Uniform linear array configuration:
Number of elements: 48
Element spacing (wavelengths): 1
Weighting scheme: hamming
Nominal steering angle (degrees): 45
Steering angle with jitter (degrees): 43.073
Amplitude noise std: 0.05
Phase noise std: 0.05

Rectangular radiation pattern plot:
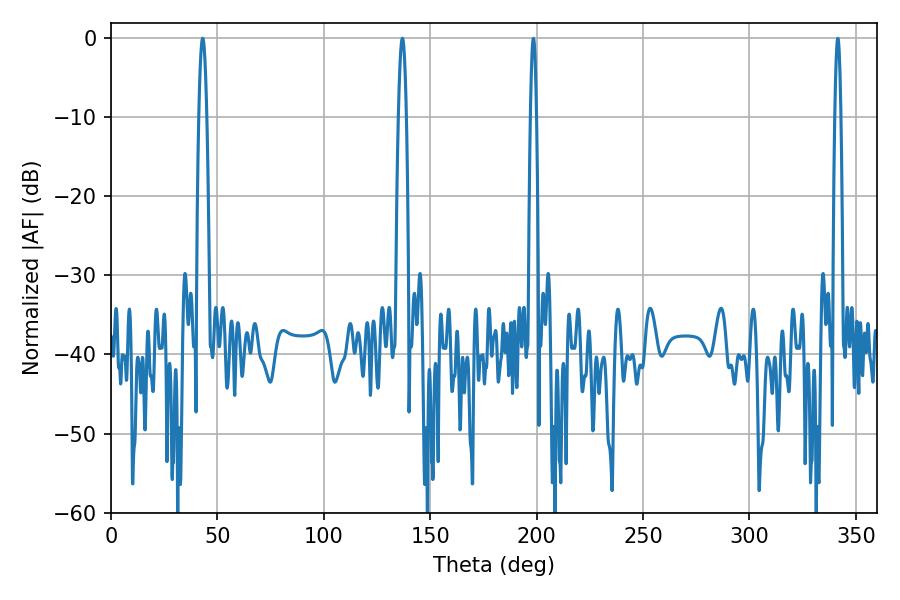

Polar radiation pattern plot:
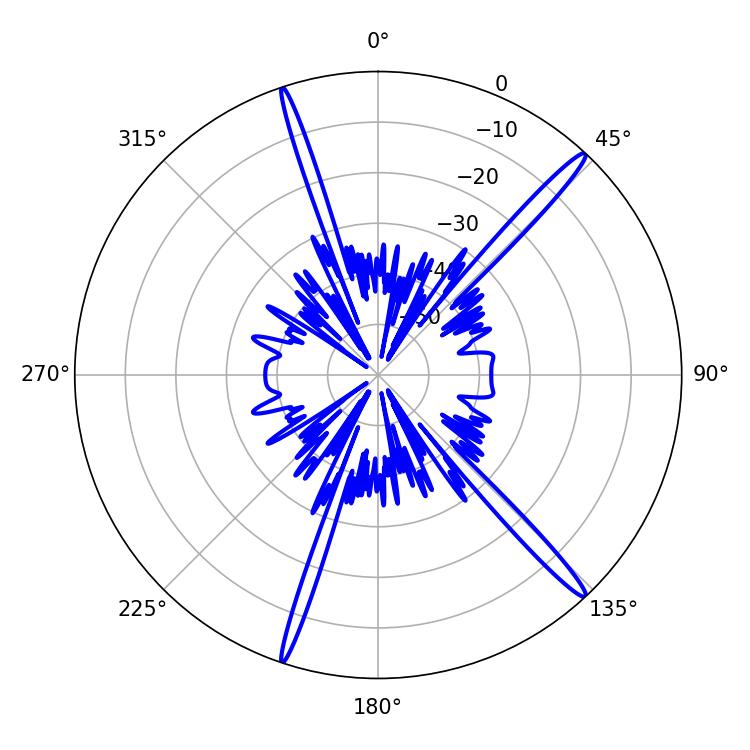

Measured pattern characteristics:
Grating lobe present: TRUE
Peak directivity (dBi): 17.597
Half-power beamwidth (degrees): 1.98
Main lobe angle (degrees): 43.02